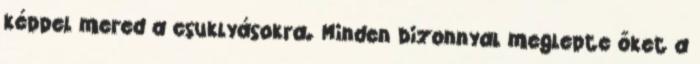
képpel mered a csuklyásokra. Minden bizonnyal meglepte őket a